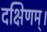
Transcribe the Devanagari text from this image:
दक्षिणम्।